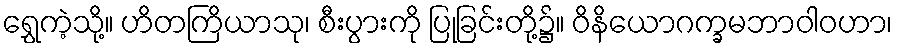
ရွှေကဲ့သို့။ ဟိတကြိယာသု၊ စီးပွားကို ပြုခြင်းတို့၌။ ဝိနိယောဂက္ခမဘာဝါဝဟာ၊